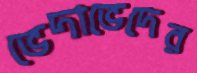
ভেদাভেদের